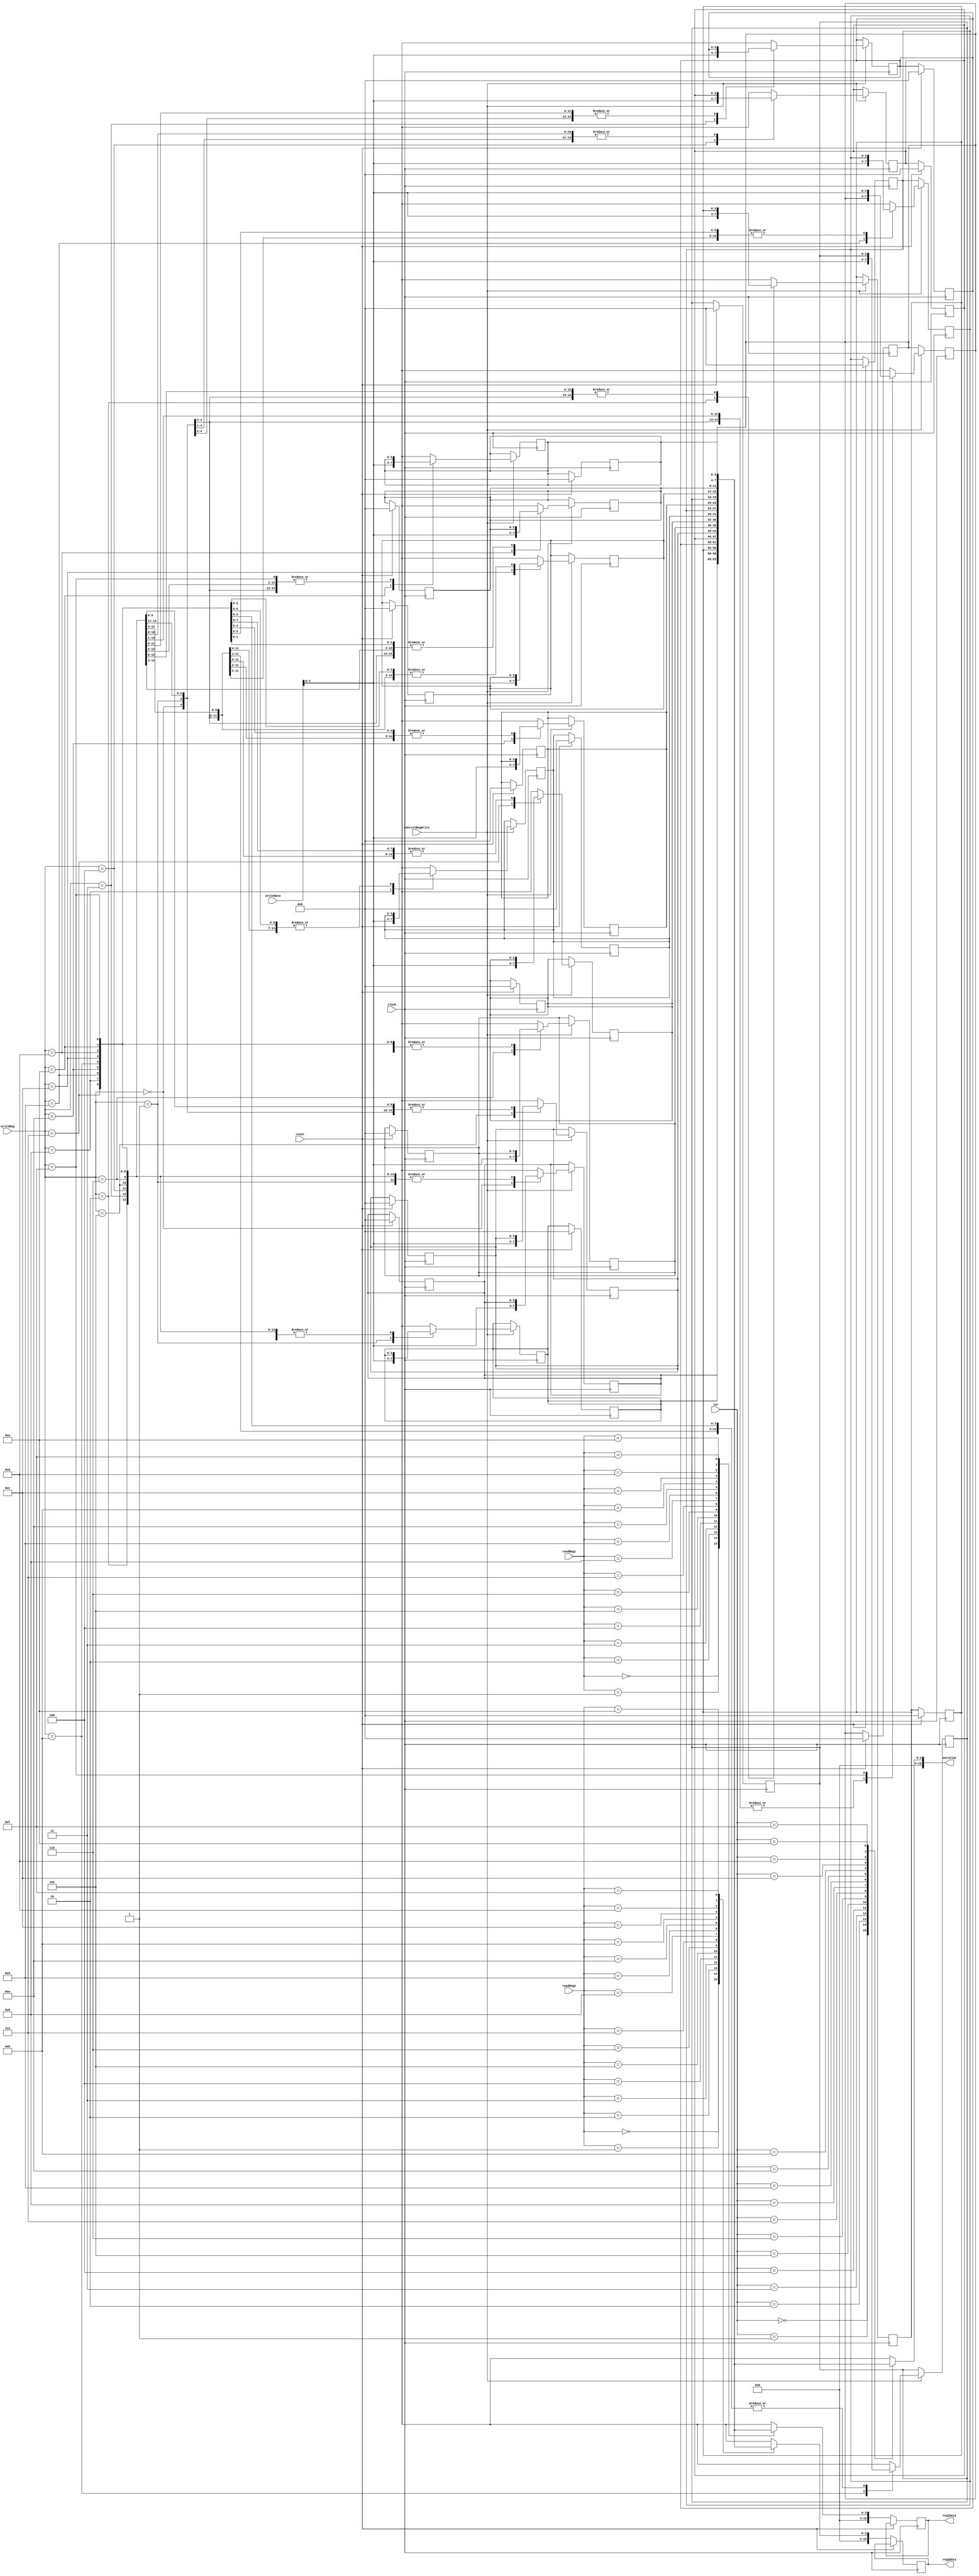
`timescale 1ns / 1ps
//////////////////////////////////////////////////////////////////////////////////
// Company: 
// Engineer: 
// 
// Design Name: 
// Module Name: registerFile
// Project Name: 
// Target Devices: 
// Tool Versions: 
// Description: 
// 
// Dependencies: 
// 
// Revision:
// Revision 0.01 - File Created
// Additional Comments:
// 
//////////////////////////////////////////////////////////////////////////////////


module registerFile(
    input clock,
    input reset,
    input controlRegWrite,
    input [3:0] readReg1,
    input [3:0] readReg2,
    input [3:0] writeReg,
    input [15:0] writeData,
    input [3:0] inr,
    output reg [15:0] reg1Data,
    output reg [15:0] reg2Data,
    output [15:0] outvalue
    );
    
  reg [3:0] registers [15:0];
  integer i;
  
  always @ (negedge clock)
  begin
    if (reset)
    begin
        for (i = 0; i < 16; i = i + 1)
        begin
            registers[i] = 16'h0000;
        end
    end
    else
    begin
        reg1Data = registers[readReg1];
        reg2Data = registers[readReg2];
    end 
  end
  
  always @ (posedge clock)
  begin
    if (controlRegWrite) begin
        registers[writeReg] = writeData;
    end
  end
  
  assign outvalue = registers[inr];
  
endmodule